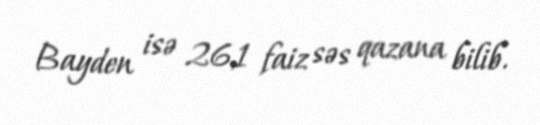
Bayden isə 26,1 faiz səs qazana bilib.